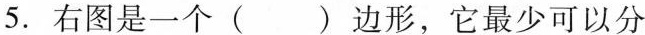
5.右图是一个（）边形，它最少可以分